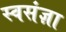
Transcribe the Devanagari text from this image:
स्वसंज्ञा